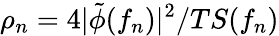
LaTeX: \rho_{n}=4|\tilde{\phi}(f_{n})|^{2}/TS(f_{n})